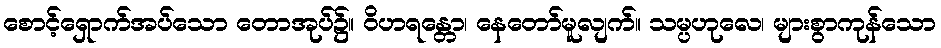
စောင့်ရှောက်အပ်သော တောအုပ်၌။ ဝိဟရန္တော၊ နေတော်မူလျက်။ သမ္ပဟုလေ၊ များစွာကုန်သော